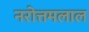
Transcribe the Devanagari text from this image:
नरोत्तमलाल